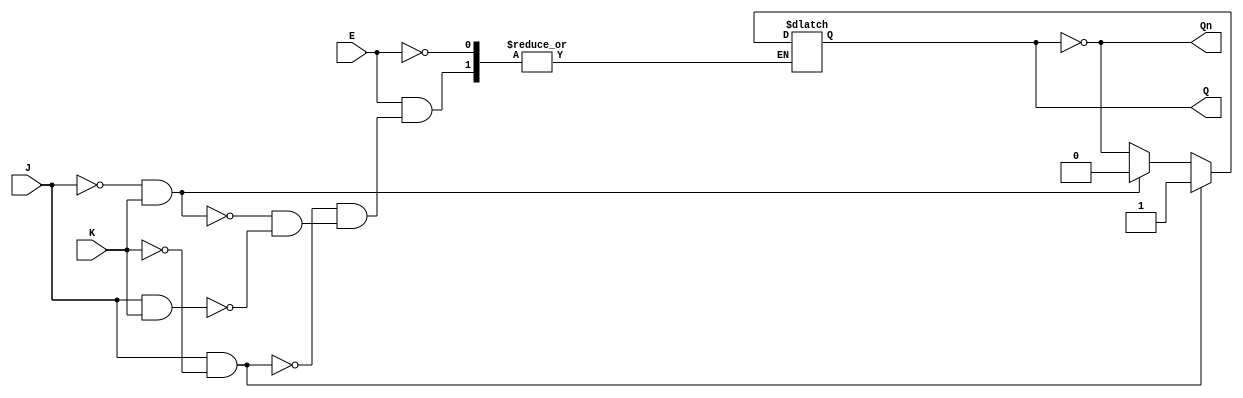
module GatedJKLatch (
    input wire J,     // Set input
    input wire K,     // Reset input
    input wire E,     // Enable input
    output reg Q,     // Output Q
    output wire Qn    // Complementary output Q'
);

// Complementary output Q'
assign Qn = ~Q;

// Always block to implement the latch behavior
always @ (E or J or K) begin
    if (E) begin
        if (J && ~K) begin
            Q <= 1'b1;  // Set state
        end
        else if (~J && K) begin
            Q <= 1'b0;  // Reset state
        end
        else if (J && K) begin
            Q <= ~Q;    // Toggle state
        end
        // If J = 0 and K = 0, do nothing (retain state)
    end
    // If E is LOW, do nothing (retain state)
end

endmodule